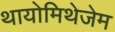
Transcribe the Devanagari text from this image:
थायोमिथेजेम